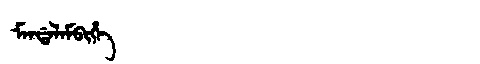
Manchu: ᠮᠠᠨᡩᠠᠯᠠᠮᠪᡳᡥᡝ
Romanization: MANDALAMBIHE